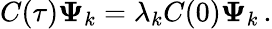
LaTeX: C(\tau)\mathbf{\Psi}_{k}=\lambda_{k}C(0)\mathbf{\Psi}_{k}\, .